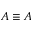
A \equiv A